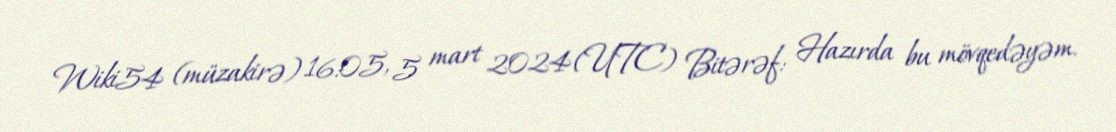
Wiki54 (müzakirə) 16:05, 5 mart 2024 (UTC) Bitərəf: Hazırda bu mövqedəyəm.